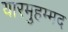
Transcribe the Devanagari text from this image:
यारमुहम्मद